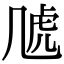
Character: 𧆡